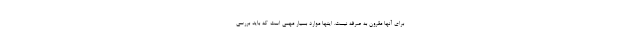
برای آنها مقرون به صرفه نیست. اینها موارد بسیار مهمی است که باید بررسی